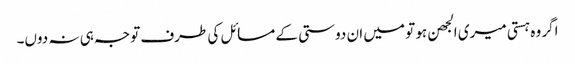
اگر وہ ہستی میری الجھن ہو تو میں ان دوستی کے مسائل کی طرف توجہ ہی نہ دوں۔